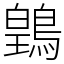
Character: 䳨